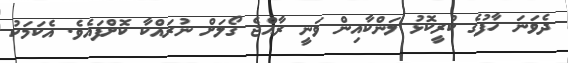
ދެވަނަ ހާފުގެ ކުރީކޮޅު ލަންކާއިން ވަނީ ރާއްޖެ ގޯލަށް ނުރައްކާ ކޮށްފައެވެ. އެކަމަކު